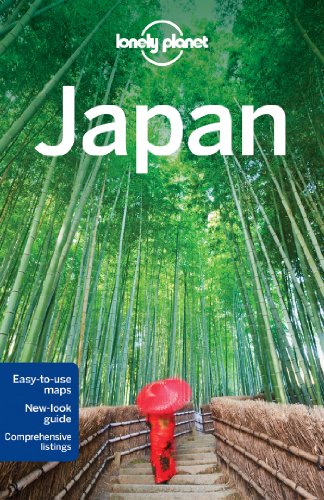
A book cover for Lonely Planet Japan (Travel Guide); Lonely Planet; Travel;